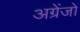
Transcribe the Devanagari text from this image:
अग्रेंजों